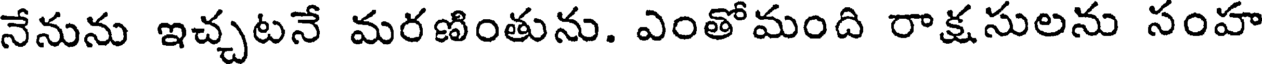
నేనును ఇచ్చటనే మరణింతును. ఎంతోమంది రాక్షసులను సంహ